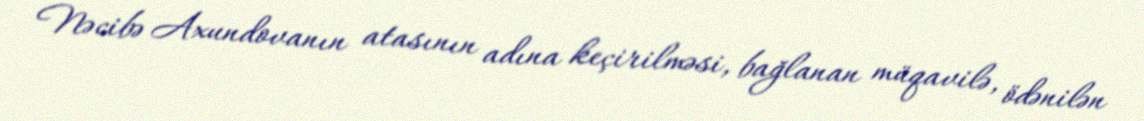
Nəcibə Axundovanın atasının adına keçirilməsi, bağlanan müqavilə, ödənilən